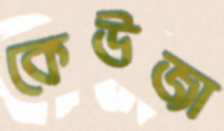
কেউজা